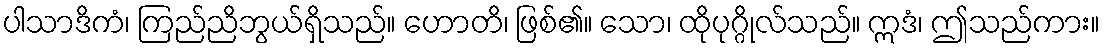
ပါသာဒိကံ၊ ကြည်ညိဘွယ်ရှိသည်။ ဟောတိ၊ ဖြစ်၏။ သော၊ ထိုပုဂ္ဂိုလ်သည်။ ဣဒံ၊ ဤသည်ကား။